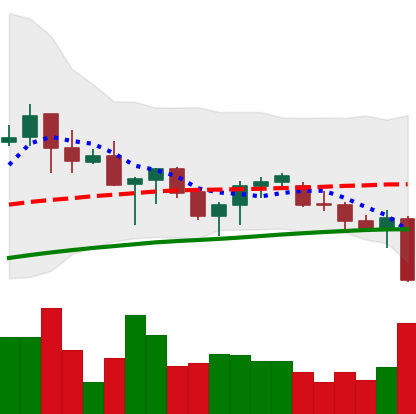
Ticker: ADA-USD
Chart end date: 2021-06-21
Forward return: 6.196%
Label: up_5_7